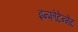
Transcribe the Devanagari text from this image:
इन्फोटेन्मेंट